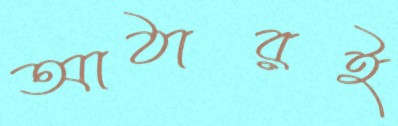
আঠারই